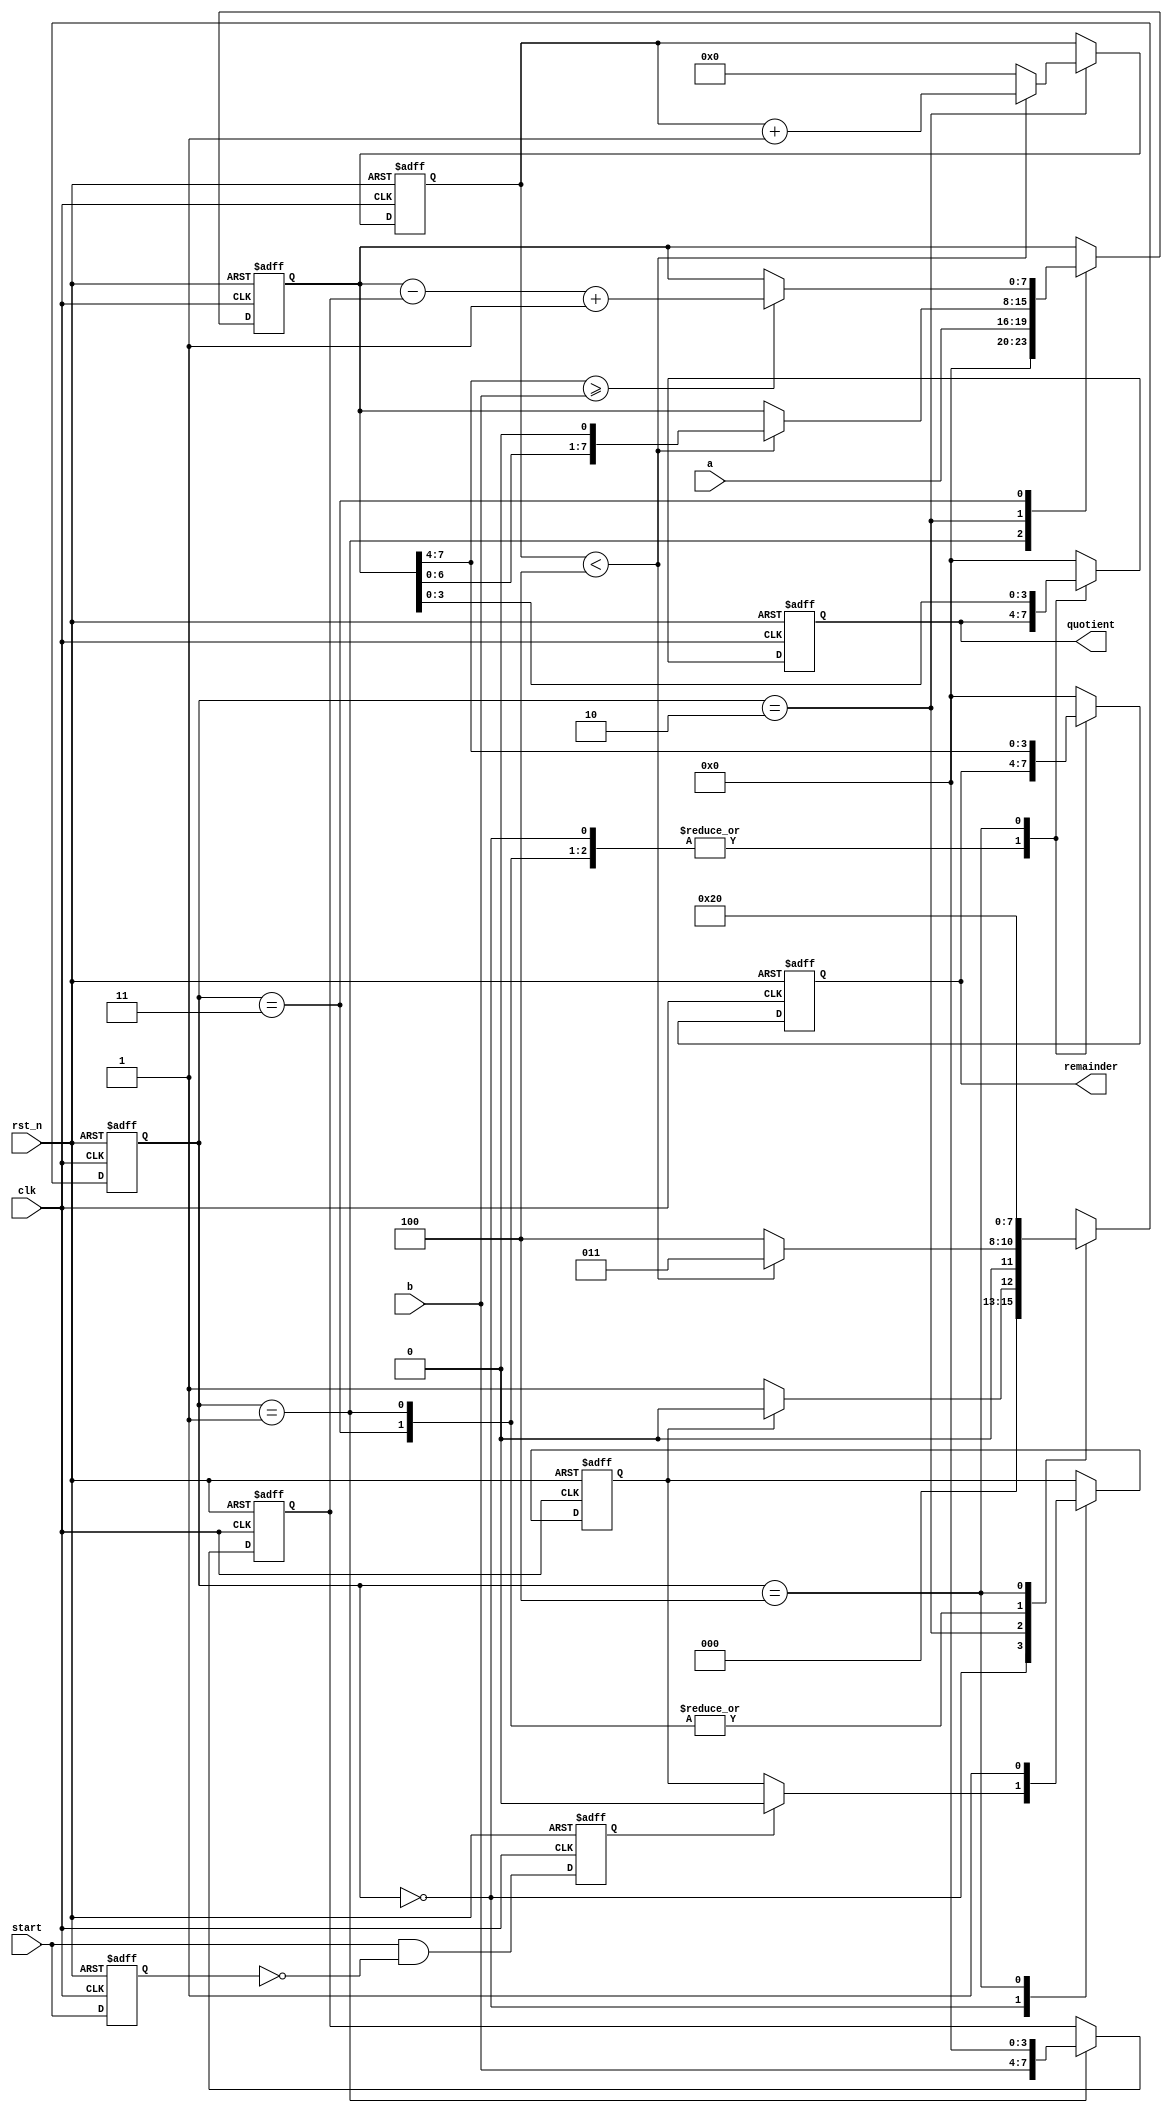
`timescale 1ns / 1ps
//////////////////////////////////////////////////////////////////////////////////
// Company: 
// Engineer: 
// 
// Design Name: 
// Module Name: division
// Project Name: 
// Target Devices: 
// Tool Versions: 
// Description: 
// 
// Dependencies: 
// 
// Revision:
// Revision 0.01 - File Created
// Additional Comments:
// 
//////////////////////////////////////////////////////////////////////////////////


module division(
    clk,
    rst_n,
    start,
    a,
    b,
    quotient,
    remainder
    );

parameter size = 4;
parameter zero = {size{1'b0}};
parameter size_2 = size * 2;
parameter S0_START = 'd0, S1_EXPAND = 'd1, S2_SHIFT = 'd2, S3_COMPARE = 'd3, S4_OUT = 'd4;

input clk, rst_n;
input start;
input[size - 1 : 0] a;//dividend
input[size - 1 : 0] b;//divisor
output[size - 1 : 0] quotient;
output[size - 1 : 0] remainder;

reg[7:0] i;
reg[3:0] state, next_state;
reg[size_2 - 1 : 0] a_long;
reg[size_2 - 1 : 0] b_long;
reg[size - 1 : 0] quotient;
reg[size - 1 : 0] remainder;
reg done, start_last, start_pedge;

always @(posedge clk or negedge rst_n)//Use the "posedge start" as the start signal
begin
    if(!rst_n)
    begin
        start_last <= 1'b0;
        start_pedge <= 1'b0;
    end
    else
    begin
        start_last <= start;
        start_pedge <= start & ~start_last;//Set 1 at the posedge start
    end
end

always @(posedge clk or negedge rst_n)//Finite State
begin
    if(!rst_n)
        state <= S0_START;
    else
        state <= next_state;
end



always @(state or a or b or i or a_long or done)//Next state logic
begin
    case(state)
    S0_START:
            begin
                if(!done)//When done becomes 0, it means division begins
                    next_state = S1_EXPAND;
                else
                    next_state = S0_START;
            end

    S1_EXPAND:
            begin
                next_state = S2_SHIFT;
            end

    S2_SHIFT:
            begin
                if(i < size)
                    next_state = S3_COMPARE;
                else
                    next_state = S4_OUT;
            end

    S3_COMPARE:
            begin
                if(a_long[size_2 - 1 : size] >= b)
                    next_state = S2_SHIFT;
                else
                    next_state = S2_SHIFT;
            end

    S4_OUT:
            begin
                next_state = S0_START;
            end

    default: next_state = 4'bx;
    endcase
end



always @(posedge clk or negedge rst_n)//Output Logic
begin
    if(!rst_n)
    begin
        quotient <= 'b0;
        remainder <= 'b0;
        a_long <= {size_2{1'b0}};
        b_long <= {size_2{1'b0}};
        i <= 8'h00;
        done <= 1'b1;
    end
    else
    begin
        case(state)
        S0_START:
                begin
                    if(start_pedge)//If you press start, set "done" to 0
                        done <= 1'b0;
                end

        S1_EXPAND:
                begin
                    a_long <= {zero, a};
                    b_long <= {b, zero};
                end
    
        S2_SHIFT:
                begin
                    i <= i + 1'b1;
                    if(i < size)
                        a_long <= {a_long[size_2 - 2 : 0], 1'b0};
                    else
                        i <= 8'h00;
                end
    
        S3_COMPARE:
                begin
                    if(a_long[size_2 - 1 : size] >= b)
                        a_long <= a_long - b_long + 1'b1;
                end
    
        S4_OUT:
                begin
                    done <= 1'b1;
                    quotient <= a_long[size - 1 : 0];
                    remainder <= a_long[size_2 - 1 : size];
                end
        
        default:
        begin
            quotient <= 'b0;
            remainder <= 'b0;
        end
        endcase
    end
end

endmodule